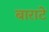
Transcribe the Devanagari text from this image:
बाराटे